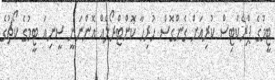
ޓީމުގެ ޕްރެކްޓިސް ކުރިއަށް ގެންގޮސް ހުރިހާ ކޮންޓްރޯލެއް އޮންނަނީ ސީނިއަ ޓީމުގެ ކޯޗުގެ